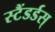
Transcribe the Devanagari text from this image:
स्टैंडर्डस्